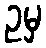
ဥမှ